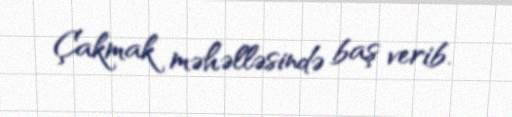
Çakmak məhəlləsində baş verib.